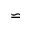
\backsimeq